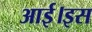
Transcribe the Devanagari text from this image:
आई।इस